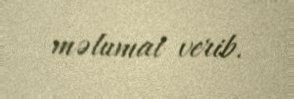
məlumat verib.